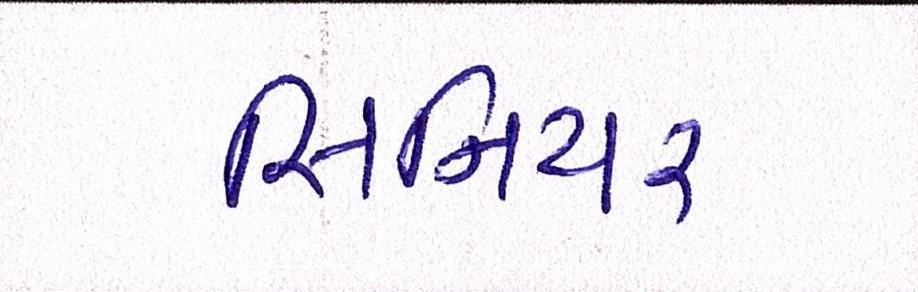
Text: સિનિયર